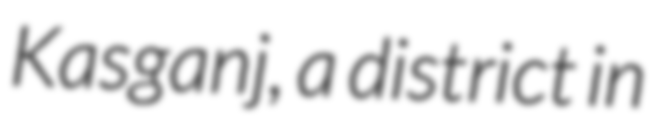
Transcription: Kasganj, a district in